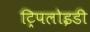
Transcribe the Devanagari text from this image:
ट्रिपलोइडी